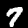
Label: 7